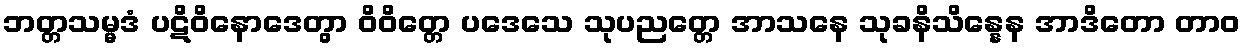
ဘတ္တသမ္မဒံ ပဋိဝိနောဒေတွာ ဝိဝိတ္တေ ပဒေသေ သုပညတ္တေ အာသနေ သုခနိသိန္နေန အာဒိတော တာဝ